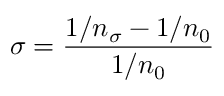
\sigma = \frac { 1 / n _ { \sigma } - 1 / n _ { 0 } } { 1 / n _ { 0 } }